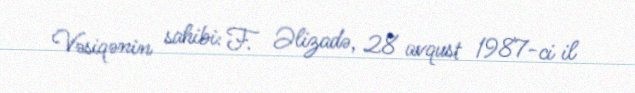
Vəsiqənin sahibi: F. Əlizadə, 28 avqust 1987-ci il